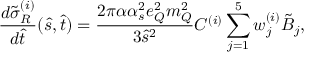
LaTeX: \frac { d \tilde { \sigma } _ { R } ^ { ( i ) } } { d \hat { t } } ( \hat { s } , \hat { t } ) = \frac { 2 \pi \alpha \alpha _ { s } ^ { 2 } e _ { Q } ^ { 2 } m _ { Q } ^ { 2 } } { 3 \hat { s } ^ { 2 } } { \cal C } ^ { ( i ) } \sum _ { j = 1 } ^ { 5 } w _ { j } ^ { ( i ) } \tilde { { \cal B } } _ { j } ,